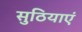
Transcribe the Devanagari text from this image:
सुठियाएं